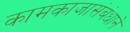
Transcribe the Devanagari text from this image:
कामकाजासंबंधाने